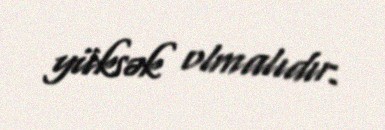
yüksək olmalıdır.